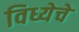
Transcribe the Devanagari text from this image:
विध्येचे